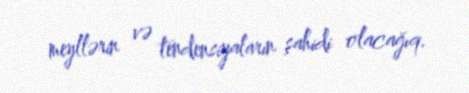
meyllərin və tendensiyaların şahidi olacağıq.